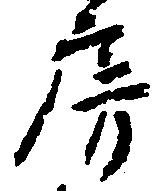
房